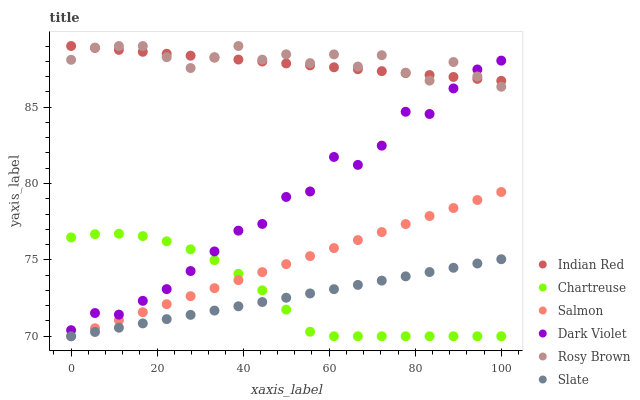
| xaxis_label | Indian Red | Chartreuse | Salmon | Dark Violet | Rosy Brown | Slate |
 | --- | --- | --- | --- | --- | --- | --- |
 | 0 | 89 | 76.5 | 70 | 70.4 | 88.1 | 70 |
 | 5.56 | 88.9 | 76.7 | 70.5 | 71.5 | 88.9 | 70.3 |
 | 11.1 | 88.7 | 76.7 | 71 | 71.4 | 89 | 70.6 |
 | 16.7 | 88.6 | 76.6 | 71.6 | 72.3 | 89 | 70.8 |
 | 22.2 | 88.5 | 76.2 | 72.1 | 73.1 | 88.3 | 71.1 |
 | 27.8 | 88.4 | 75.7 | 72.6 | 74.3 | 87.6 | 71.4 |
 | 33.3 | 88.2 | 75 | 73.1 | 75.6 | 88.3 | 71.7 |
 | 38.9 | 88.1 | 74.1 | 73.7 | 76.9 | 89 | 72 |
 | 44.4 | 88 | 73 | 74.2 | 77.4 | 88.1 | 72.2 |
 | 50 | 87.9 | 71.7 | 74.7 | 79.1 | 88.5 | 72.5 |
 | 55.6 | 87.7 | 70.3 | 75.2 | 79.5 | 87.9 | 72.8 |
 | 61.1 | 87.6 | 70 | 75.8 | 81.7 | 88.5 | 73.1 |
 | 66.7 | 87.5 | 70 | 76.3 | 81.2 | 87.7 | 73.4 |
 | 72.2 | 87.4 | 70 | 76.8 | 82.5 | 88.4 | 73.6 |
 | 77.8 | 87.2 | 70 | 77.3 | 84.7 | 87.3 | 73.9 |
 | 83.3 | 87.1 | 70 | 77.9 | 84.6 | 86.7 | 74.2 |
 | 88.9 | 87 | 70 | 78.4 | 86.2 | 88 | 74.5 |
 | 94.4 | 86.8 | 70 | 78.9 | 87.5 | 87 | 74.8 |
 | 100 | 86.7 | 70 | 79.4 | 88 | 86.3 | 75 |